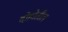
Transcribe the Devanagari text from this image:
दोहोतील